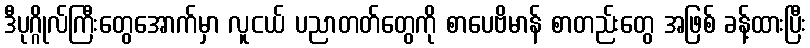
ဒီပုဂ္ဂိုလ်ကြီးတွေအောက်မှာ လူငယ် ပညာတတ်တွေကို စာပေဗိမာန် စာတည်းတွေ အဖြစ် ခန့်ထားပြီး